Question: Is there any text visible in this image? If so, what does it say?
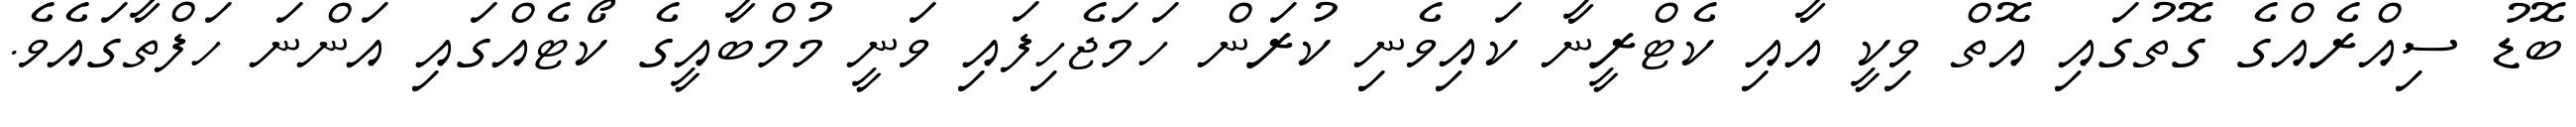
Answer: ބޮޑު ސިއްރެއްގެ ގޮތުގައި އޮތް ވިކީ އާއި ކެޓްރީނާ ކައިވެނި ކުރަން ހަމަޖެހިފައި ވަނީ މުމްބާއީގެ ކޯޓެއްގައި އަންނަ ހަފްތާގައެވެ.